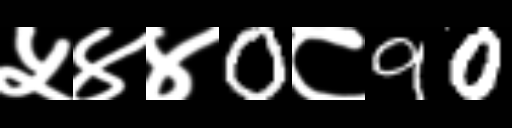
Text: ५४४0८90